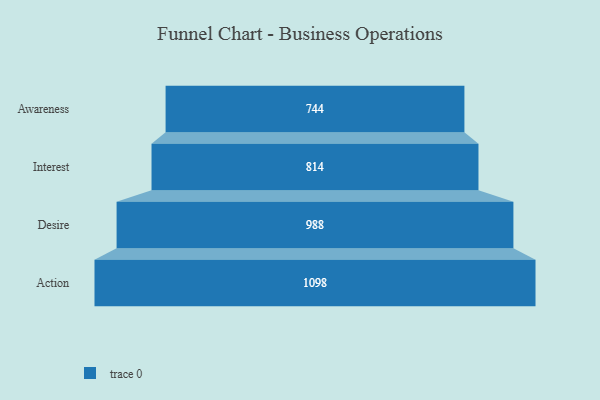
{"axis": {"x": "Stage", "y": "Value"}, "legend": [""], "data": [{"x": "Awareness", "y": 744.0, "type": ""}, {"x": "Interest", "y": 814.0, "type": ""}, {"x": "Desire", "y": 988.0, "type": ""}, {"x": "Action", "y": 1098.0, "type": ""}]}